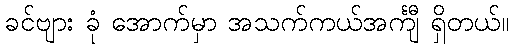
ခင်ဗျား ခုံ အောက်မှာ အသက်ကယ်အင်္ကျီ ရှိတယ်။